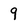
Character: 9